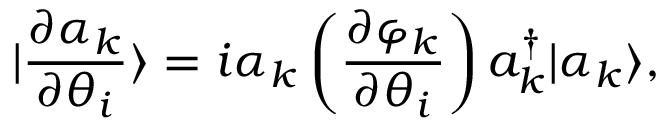
| \frac { \partial \alpha _ { k } } { \partial \theta _ { i } } \rangle = i \alpha _ { k } \left( \frac { \partial \varphi _ { k } } { \partial \theta _ { i } } \right) a _ { k } ^ { \dagger } | \alpha _ { k } \rangle ,